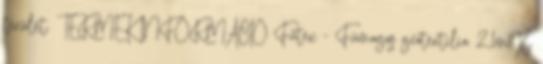
terület. TERMÉK INFORMÁCIÓ Fűtex - Fűmagos geotextilia 2,1m X